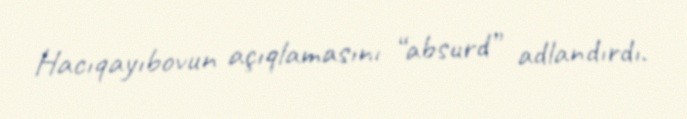
Hacıqayıbovun açıqlamasını “absurd” adlandırdı.